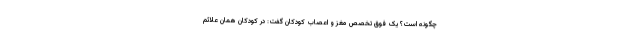
چگونه است؟ یک فوق تخصص مغز و اعصاب کودکان گفت: در کودکان همان علائم